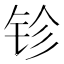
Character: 𨱅